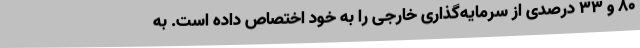
80 و 33 درصدی از سرمایه‌گذاری خارجی را به خود اختصاص داده است. به